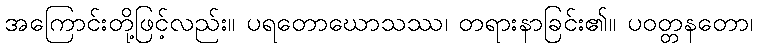
အကြောင်းတို့ဖြင့်လည်း။ ပရတောဃောသဿ၊ တရားနာခြင်း၏။ ပဝတ္တနတော၊